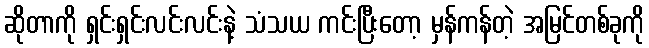
ဆိုတာကို ရှင်းရှင်းလင်းလင်းနဲ့ သံသယ ကင်းပြီးတော့ မှန်ကန်တဲ့ အမြင်တစ်ခုကို